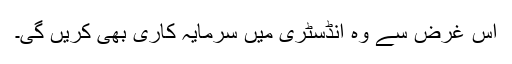
اس غرض سے وہ انڈسٹری میں سرمایہ کاری بھی کریں گی۔